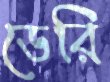
ডেরি